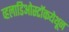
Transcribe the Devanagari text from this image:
व्हलाडिओस्टॉकयेथून